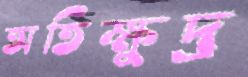
অতিক্ষুদ্র